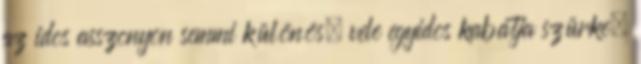
az idõs asszonyon semmi különös, vele egyidõs kabátja szürke,